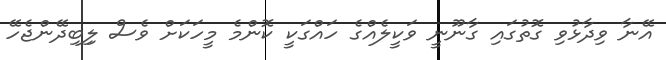
އޭނާ ވިދާޅުވި ގޮތުގައި ގާނޫނީ ވަކީލެއްގެ ހައްގަކީ ކޮންމެ މީހަކަށް ވެސް ލިިބިދޭންޖެހޭ